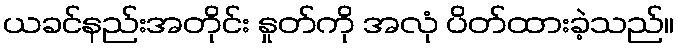
ယခင်နည်းအတိုင်း နှုတ်ကို အလုံ ပိတ်ထားခဲ့သည်။